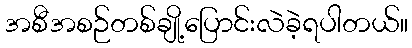
အစီအစဉ်တစ်ချို့ပြောင်းလဲခဲ့ရပါတယ်။